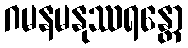
ဂမနမနုဿရန္တော